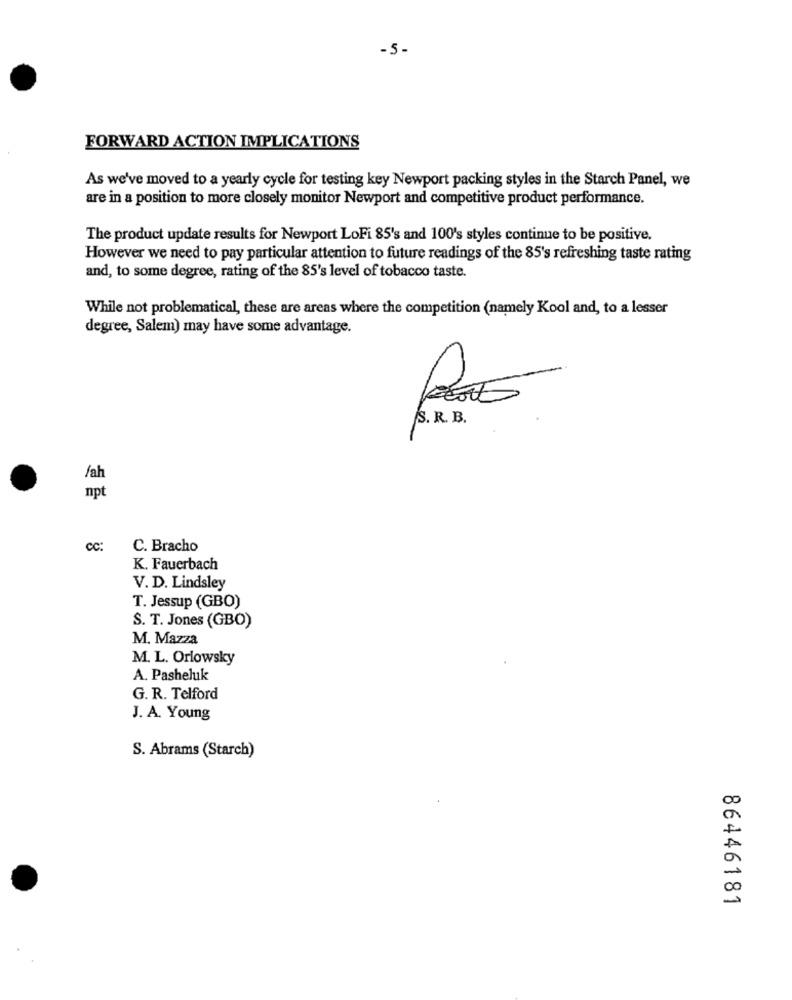
-5-
FORWARD ACTION IMPLICATIONS
As we've moved to a yearly cycle for testing key Newport packing styles in the Starch Panel, we
are in a position to more closely monitor Newport and competitive product performance.
The product update results for Newport LoFi 85's and 100's styles continue to be positive.
However we need to pay particular attention to future readings of the 85's refreshing taste rating
and, to some degree, rating of the 85's level of tobacco taste.
While not problematical, these are areas where the competition (namely Kool and, to a lesser
degree, Salem) may have some advantage.
S. R. B.
/ah
npt
cc:
C. Bracho
K. Fauerbach
V. D. Lindsley
T. Jessup (GBO)
S. T. Jones (GBO)
M. Mazza
M. L. Orlowsky
A. Pasheluk
G. R. Telford
J. A. Young
S. Abrams (Starch)
86446181